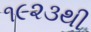
૧૯૨૩થી